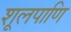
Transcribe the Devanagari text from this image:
शूलपाणि